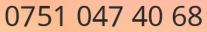
0751 047 40 68